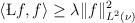
\begin{align*}\begin{aligned}\langle \L f, f \rangle \geq \lambda \| f \|^2_{L^2(\nu)}\end{aligned}\end{align*}